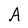
Character: A